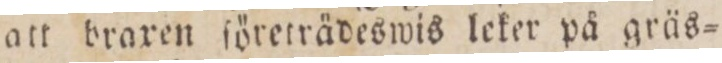
att braxen företrädeswis leker på gräs=